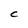
Character: C